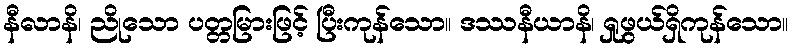
နီလာနိ၊ ညိုသော ပတ္တမြားဖြင့် ပြီးကုန်သော။ ဒဿနီယာနိ၊ ရှုဖွယ်ရှိကုန်သော။